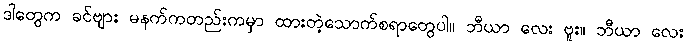
ဒါတွေက ခင်ဗျား မနက်ကတည်းကမှာ ထားတဲ့သောက်စရာတွေပါ။ ဘီယာ လေး ဗူး။ ဘီယာ လေး